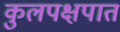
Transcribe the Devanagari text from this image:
कुलपक्षपात